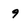
Character: 9